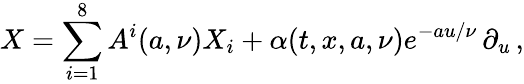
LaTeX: X=\sum_{i=1}^{8}A^{i}(a,\nu)X_{i}+\alpha(t,x,a,{\nu})e^{-au/\nu}\, \partial_{u}\, ,